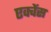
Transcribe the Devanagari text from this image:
एक्वेंस